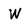
Character: W